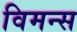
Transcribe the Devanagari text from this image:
विमन्स